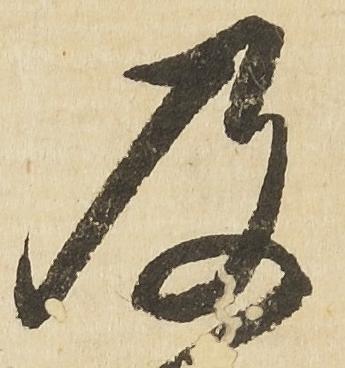
及